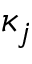
\kappa _ { j }